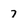
Character: 7